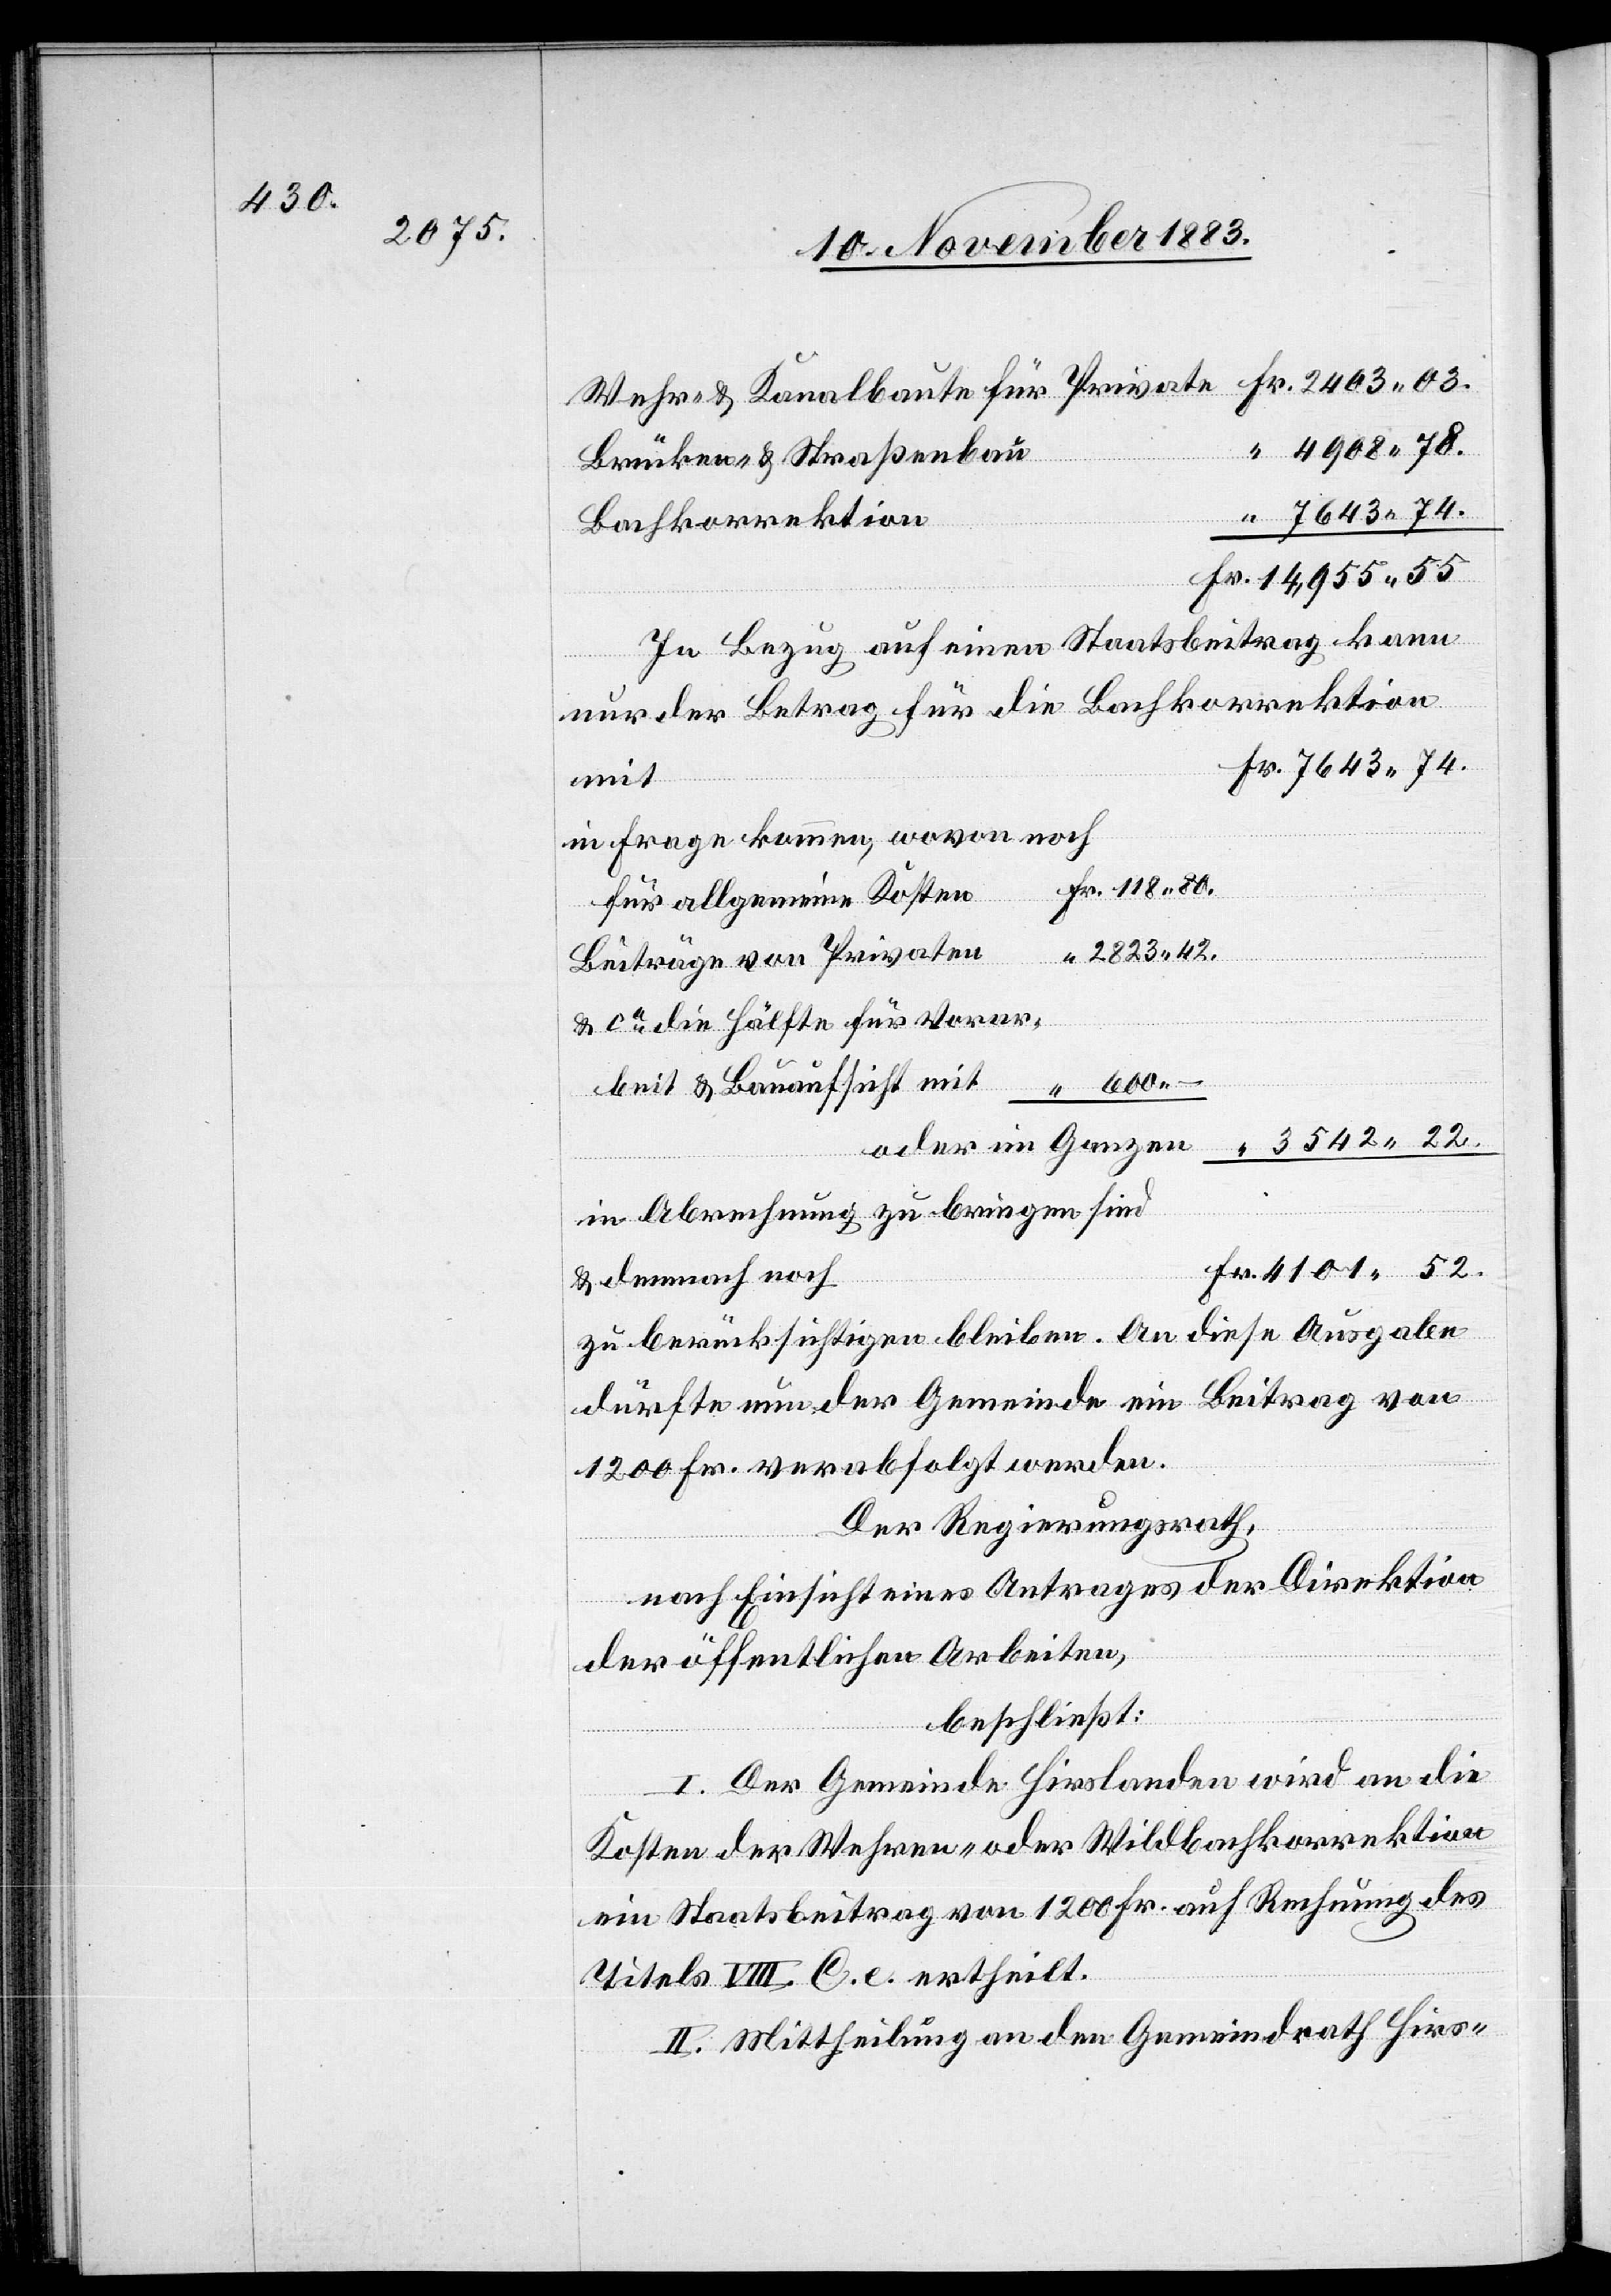
80.

4908 78.
vaten
Brücken- & Straßenbau
7643 74.
Bachkorrektion
14,955 55.
In Bezug auf einen Staatsbeitrag kann
nur der Betrag für die Bachkorrektion
in Frage kommen, wovon noch
für allgemeine Kosten
& ca die Hälfte für Vorar¬
beit & Bauaufsicht mit
in Abrechnung zu bringen sind
& demnach noch
zu berücksichtigen bleiben. An diese Ausgabe
dürfte nun der Gemeinde ein Beitrag von
1200 Fr. verabfolgt werden.
Der Regierungsrath,
nach Einsicht eines Antrages der Direktion
3542 22.
der öffentlichen Arbeiten,
beschließt:
I. Der Gemeinde Hirslanden wird an die
Kosten der Wehren- oder Wildbachkorrektion
ein Staatsbeitrag von 1200 Fr. auf Rechnung des
Titels VIII C. e. ertheilt.
II. Mittheilung an den Gemeindrath Hirs-